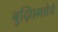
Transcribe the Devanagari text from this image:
बुद्घिमत्तेचे